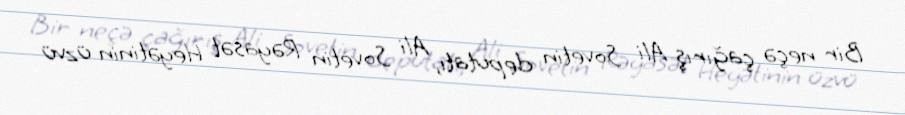
Bir neçə çağırış Ali Sovetin deputatı, Ali Sovetin Rəyasət Heyətinin üzvü